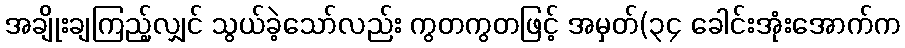
အချိုးချကြည့်လျှင် သွယ်ခဲ့သော်လည်း ကွတကွတဖြင့် အမှတ်(၃၄ ခေါင်းအုံးအောက်က